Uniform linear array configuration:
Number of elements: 4
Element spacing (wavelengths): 1
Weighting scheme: cosine
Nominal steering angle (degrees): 0
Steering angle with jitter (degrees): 0.775
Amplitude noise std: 0.05
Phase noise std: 0.05

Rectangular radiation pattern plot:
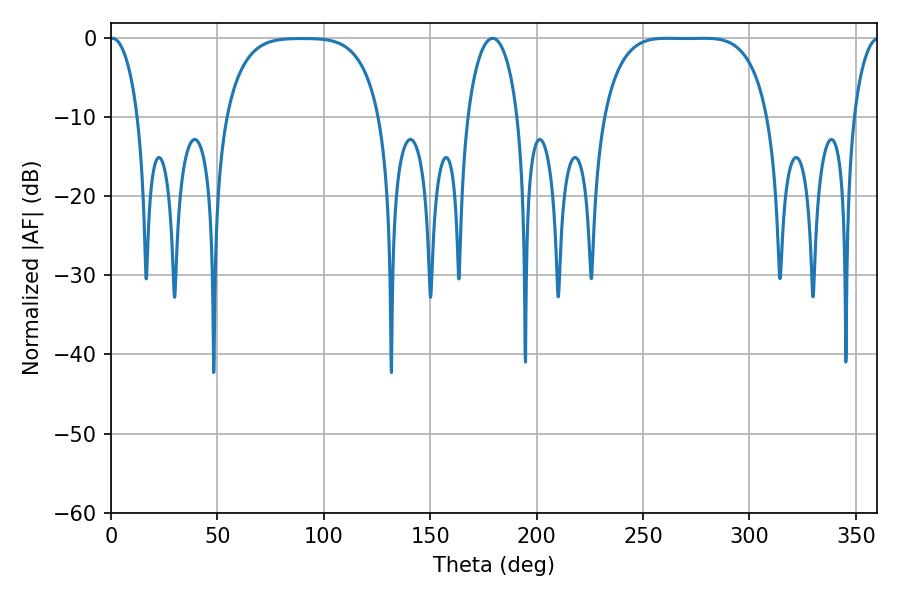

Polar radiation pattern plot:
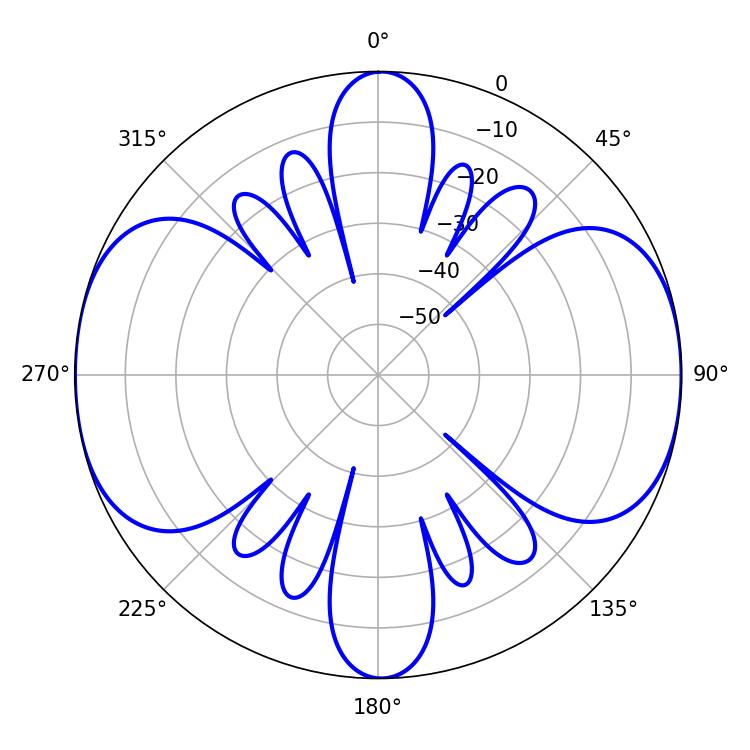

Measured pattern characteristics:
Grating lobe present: TRUE
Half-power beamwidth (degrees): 59.4
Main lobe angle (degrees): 261.18